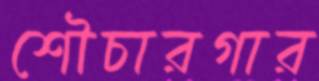
শৌচারগার